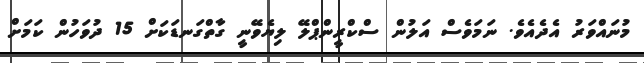
މުނައްވަރު އެދެއެވެ. ނަމަވެސް އަލުން ސްކްރީންޕްލޭ ލިޔެވޭނީ ގާތްގަނޑަކަށް 15 ދުވަހުން ކަމަށް